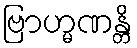
ဗြာဟ္မဏန္တိ